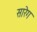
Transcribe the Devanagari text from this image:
सारेग